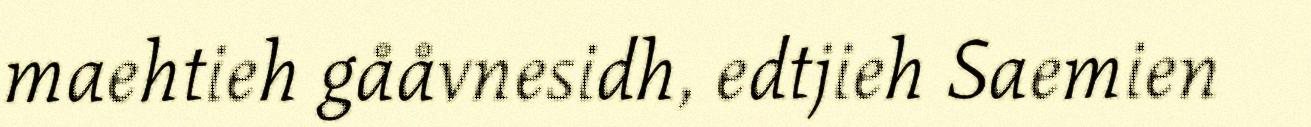
maehtieh gååvnesidh, edtjieh Saemien